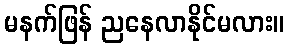
မနက်ဖြန် ညနေလာနိုင်မလား။